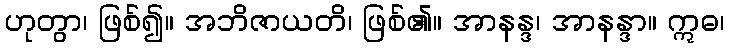
ဟုတွာ၊ ဖြစ်၍။ အဘိဇာယတိ၊ ဖြစ်၏။ အာနန္ဒ၊ အာနန္ဒာ။ ဣဓ၊